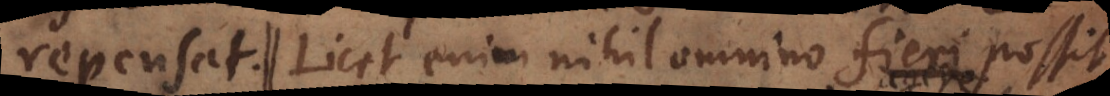
declarandae. Licet autem nihil omnino fieri possit